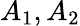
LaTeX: A_{1},A_{2}